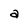
Character: a